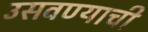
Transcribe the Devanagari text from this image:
उसवण्याची